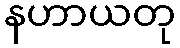
နဟာယတု